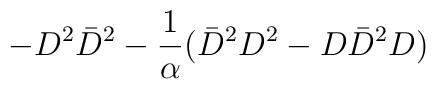
- D^2 \bar{D}^2 - {1 \over \alpha} ( \bar{D}^2 D^2 - D \bar{D}^2 D )